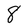
Character: 8